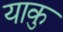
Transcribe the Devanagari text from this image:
याकु